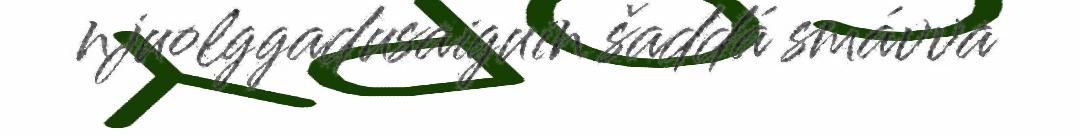
njuolggadusaiguin šaddá smávva